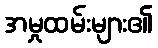
အမှုထမ်းများ၏